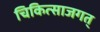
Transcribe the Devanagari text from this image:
चिकित्साजगत्